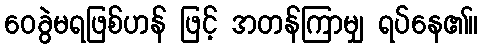
ဝေခွဲမရဖြစ်ဟန် ဖြင့် အတန်ကြာမျှ ရပ်နေ၏။